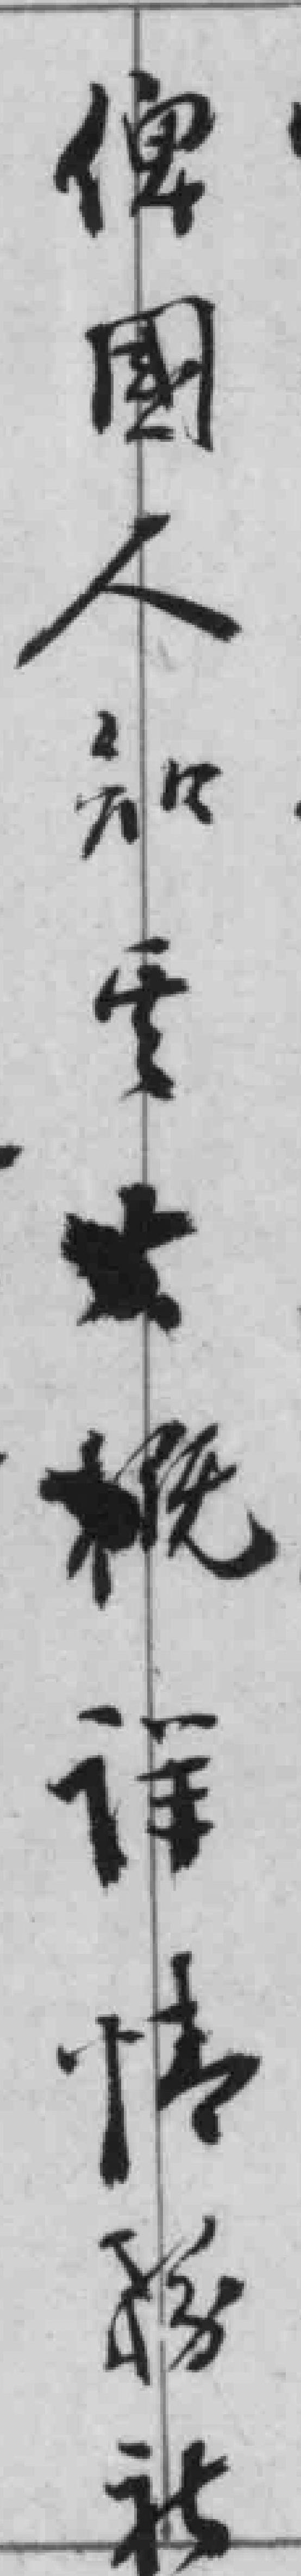
俾国人知*大概详情*社